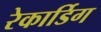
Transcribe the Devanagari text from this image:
रेकार्डिग